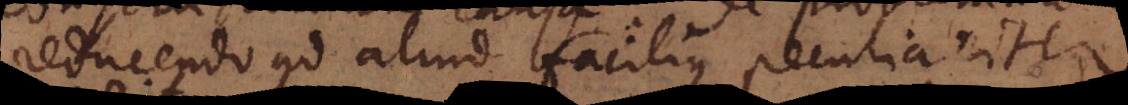
reducendo ad aliud facilius peculiariter